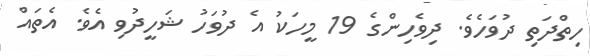
ހިތްދަތި ދުވަހެވެ. ދިވެހިންގެ 19 މީހަކު އެ ދުވަހު ޝަހީދުވި އެވެ. އެތައް